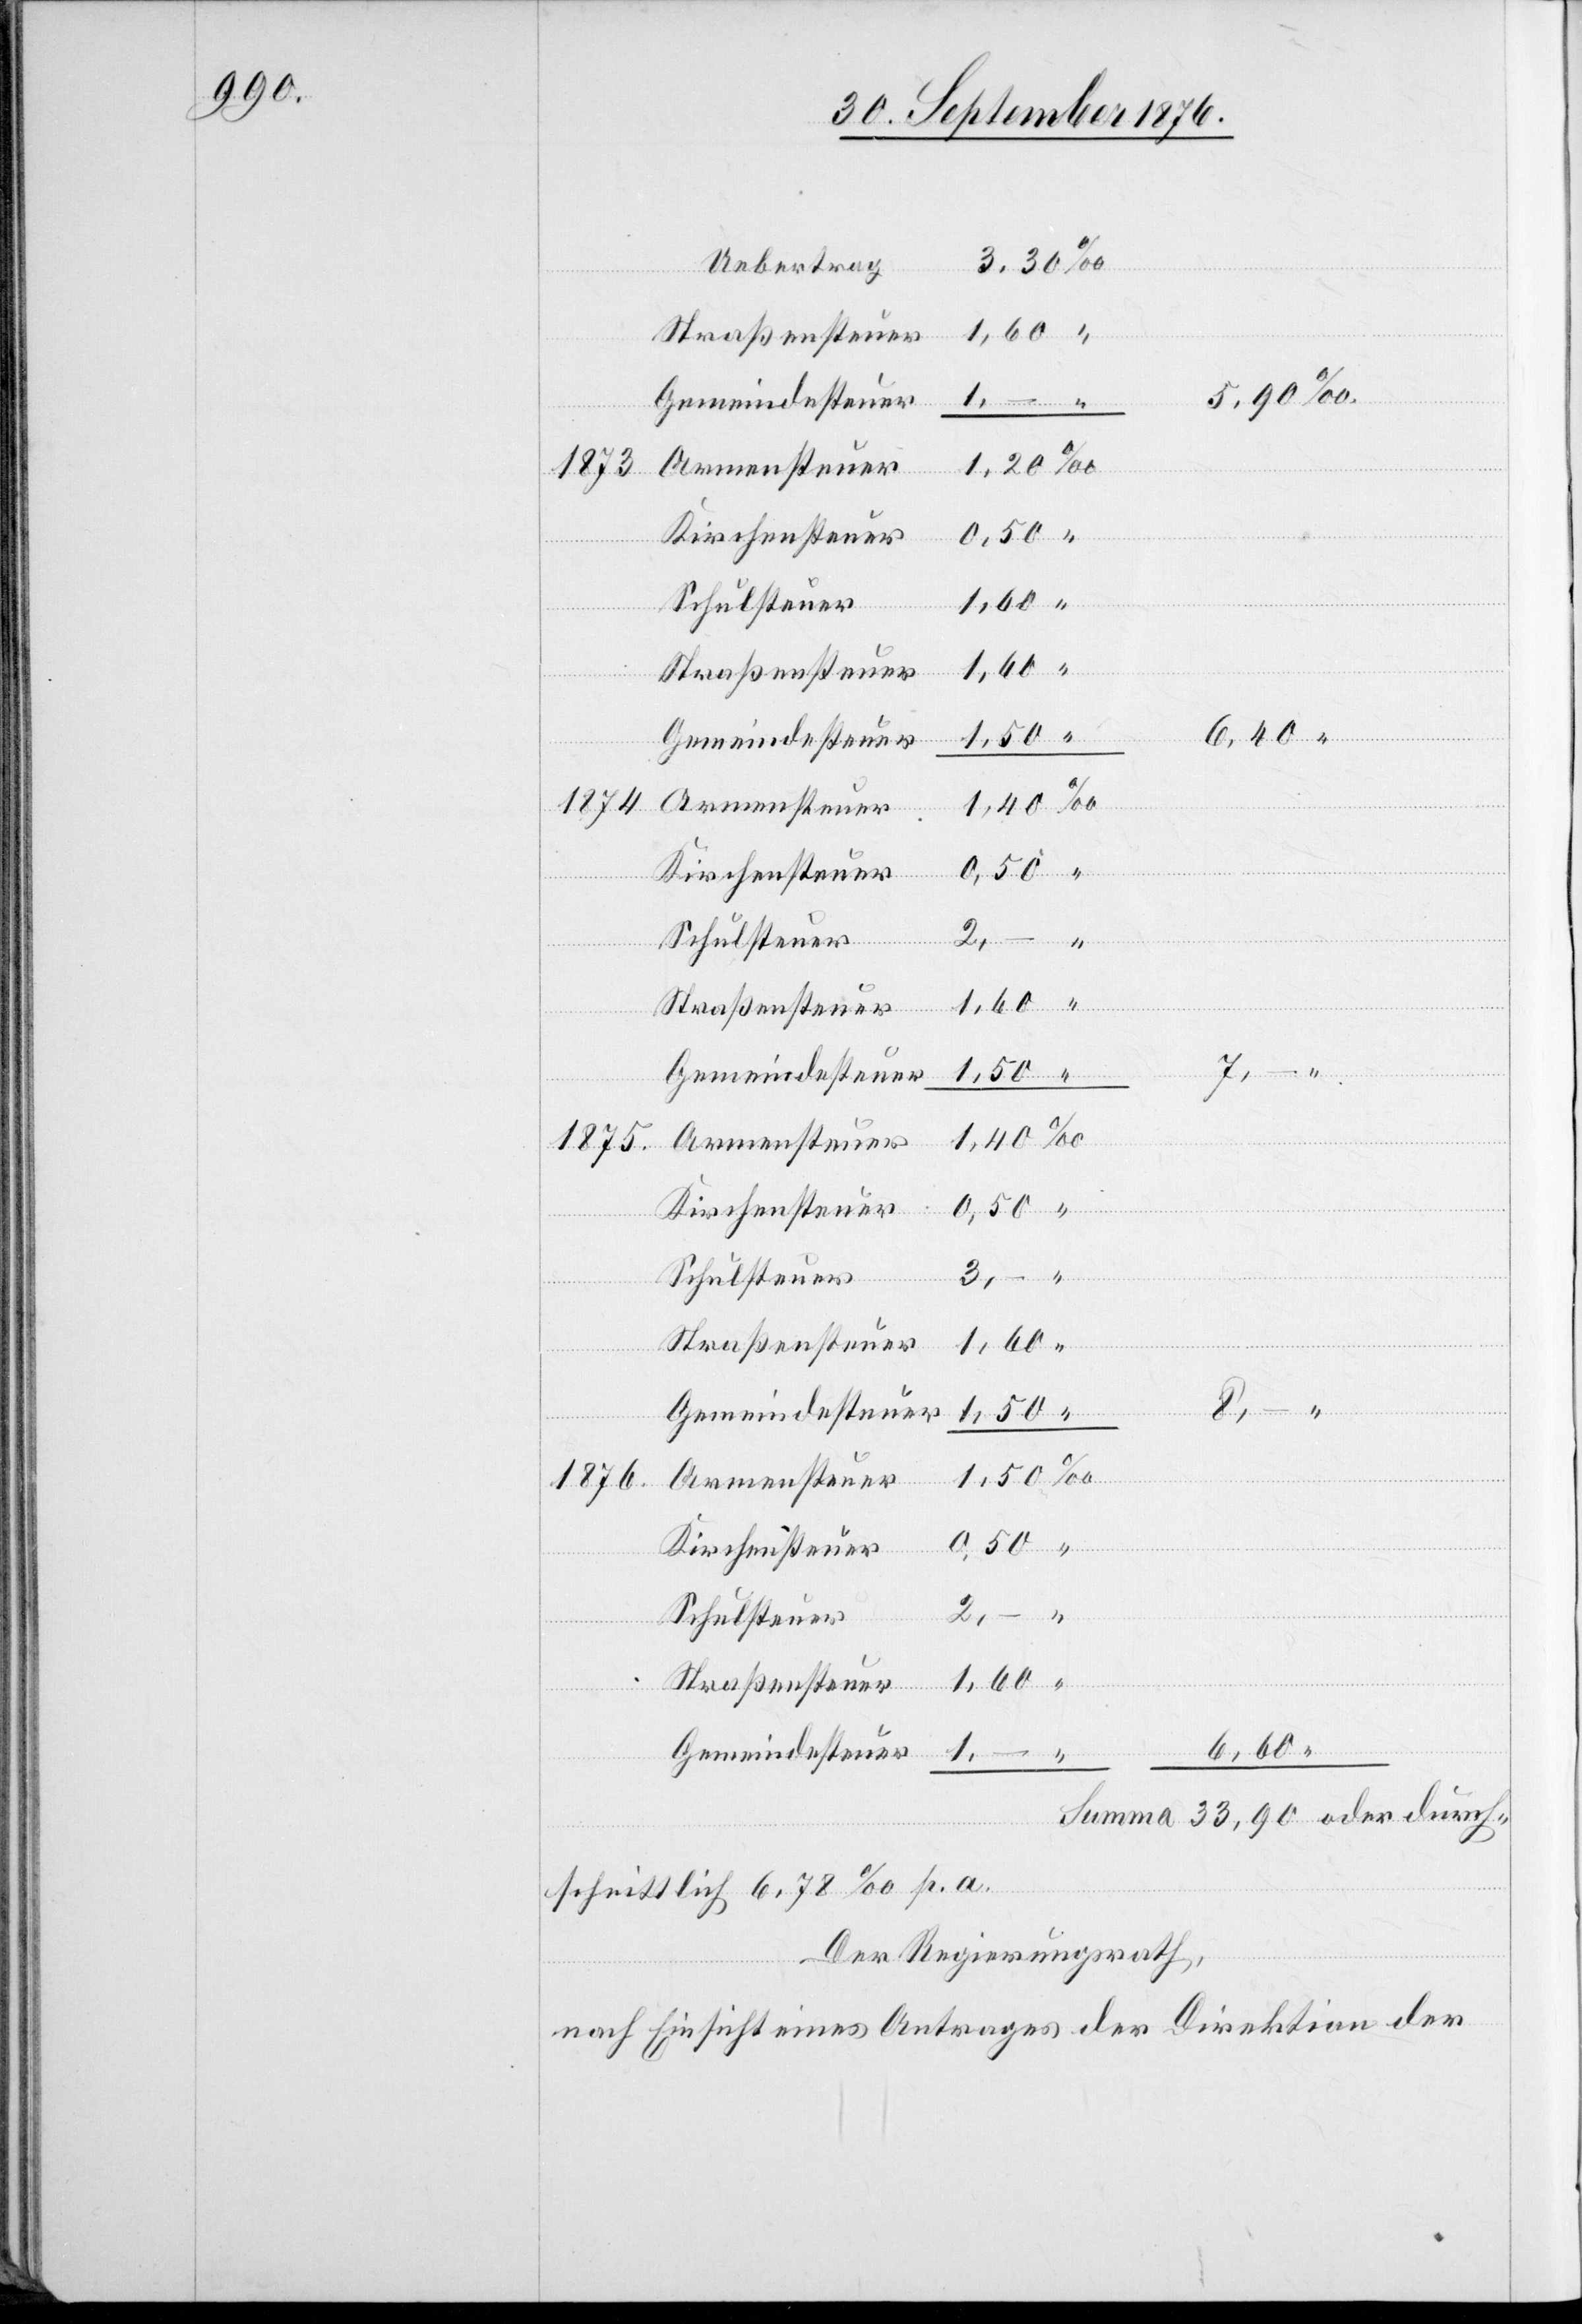
Uebertrag
8,–
1875
0,50
Schulsteuer
1,60
“
Gemeindesteuer
1874
Schulsteuer
2,–
durchs¬
Straßensteuer
1873
Armensteuer
Kirchensteuer
oder
Armensteuer
1876
chnit¬
p. a.
Der Regierungsrath,
nach Einsicht eines Antrages der Direktion der